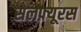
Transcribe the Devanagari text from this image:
सलफ़्यूरस